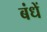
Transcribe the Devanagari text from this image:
बंधें